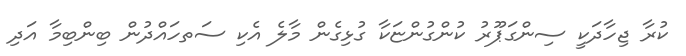
ކުރާ ޖިހާދަކީ ސިންގަޕޫރު ކުންގުންޏަކާ ގުޅިގެން މާލެ އެކި ސަތހައްދުން ބިންބިމާ އަދި